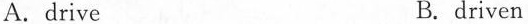
A. drive B. driven